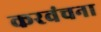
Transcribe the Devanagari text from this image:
करवंचना